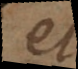
et